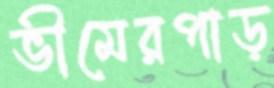
ভীমেরপাড়